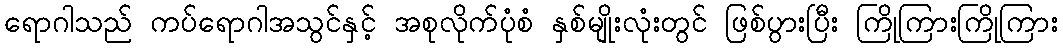
ရောဂါသည် ကပ်ရောဂါအသွင်နှင့် အစုလိုက်ပုံစံ နှစ်မျိုးလုံးတွင် ဖြစ်ပွားပြီး ကြိုကြားကြိုကြား